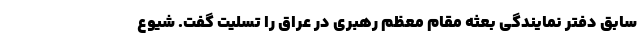
سابق دفتر نمایندگی بعثه مقام معظم رهبری در عراق را تسلیت گفت. شیوع